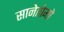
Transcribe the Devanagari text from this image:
सानेतोमो